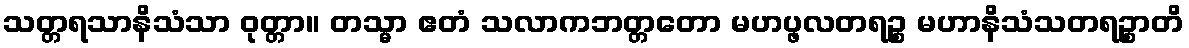
သတ္တရသာနိသံသာ ဝုတ္တာ။ တသ္မာ ဧတံ သလာကဘတ္တတော မဟပ္ဖလတရဉ္စ မဟာနိသံသတရဉ္စာတိ